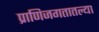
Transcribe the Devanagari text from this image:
प्राणिजगतातल्या